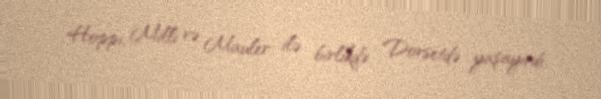
Hoppi, Milli və Mauler ilə birlikdə Dorsetdə yaşayırdı.